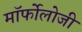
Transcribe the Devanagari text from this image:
मॉर्फोलोजी